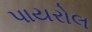
પાયરોલ